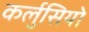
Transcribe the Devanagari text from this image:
कर्लुसियो